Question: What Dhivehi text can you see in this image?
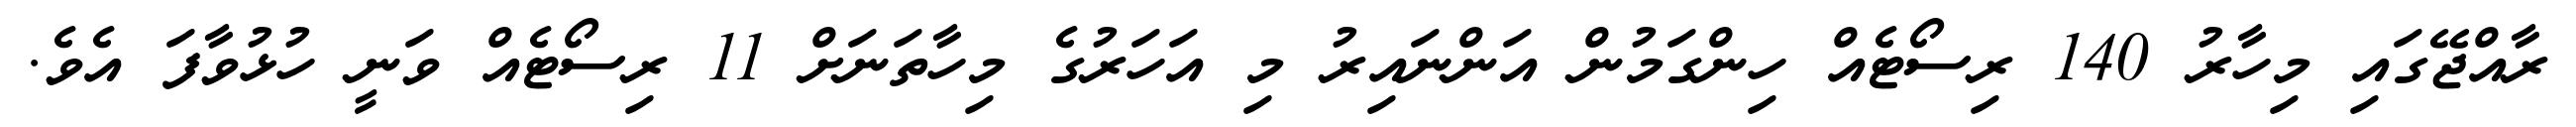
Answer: ރާއްޖޭގައި މިހާރު 140 ރިސޯޓެއް ހިންގަމުން އަންނައިރު މި އަހަރުގެ މިހާތަނަށް 11 ރިސޯޓެއް ވަނީ ހުޅުވާފަ އެވެ.